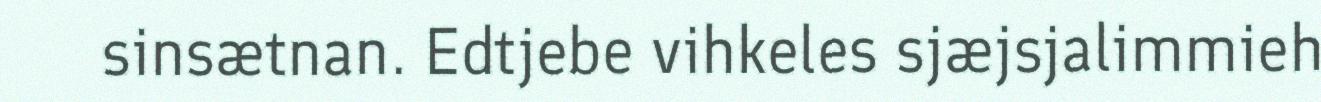
sinsætnan. Edtjebe vihkeles sjæjsjalimmieh